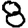
Digit: 8